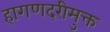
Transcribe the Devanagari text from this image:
हागणदरीमुक्त